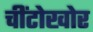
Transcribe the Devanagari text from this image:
चींटोखोर